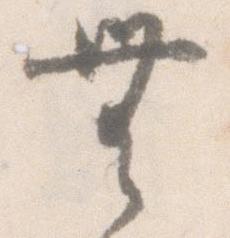
無